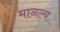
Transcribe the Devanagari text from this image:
मानल्य